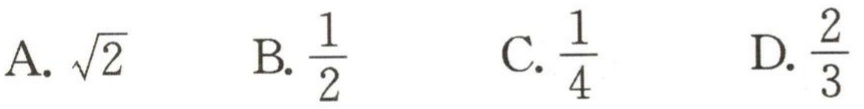
A. $\sqrt{2}$  B. $\frac{1}{2}$  C. $\frac{1}{4}$  D. $\frac{2}{3}$